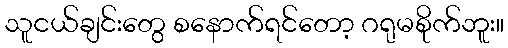
သူငယ်ချင်းတွေ စနောက်ရင်တော့ ဂရုမစိုက်ဘူး။